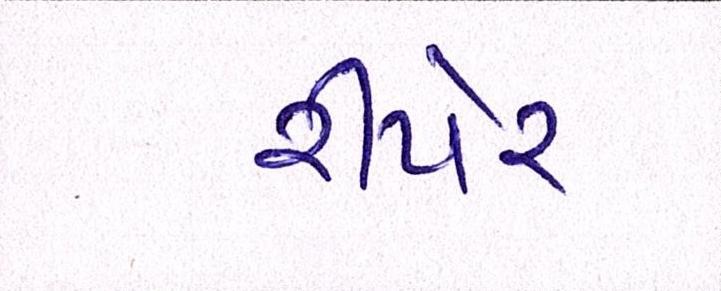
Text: રીપેર